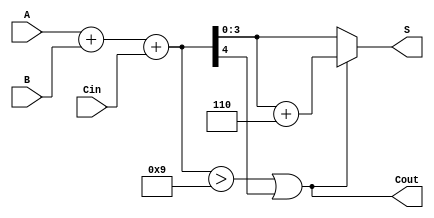
module BCD_Ripple_Carry_Adder (
    input  [3:0] A,      // BCD digit A
    input  [3:0] B,      // BCD digit B
    input        Cin,     // Carry input
    output [3:0] S,      // BCD sum output
    output       Cout     // Carry output
);

    wire [4:0] sum;      // Intermediate sum (5 bits to accommodate carry)
    wire correction;      // Correction flag

    // Full adder logic for BCD addition
    assign sum = A + B + Cin; // Calculate initial binary sum

    // Determine if correction is needed
    assign correction = (sum > 9) || (sum[4]); // Check if sum exceeds BCD range or if there's a carry out

    // BCD correction: add 6 (0110) if correction is needed
    assign S = correction ? (sum + 6) : sum[3:0]; // Corrected sum
    assign Cout = correction; // Carry out if correction is needed

endmodule